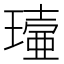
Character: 𤩖